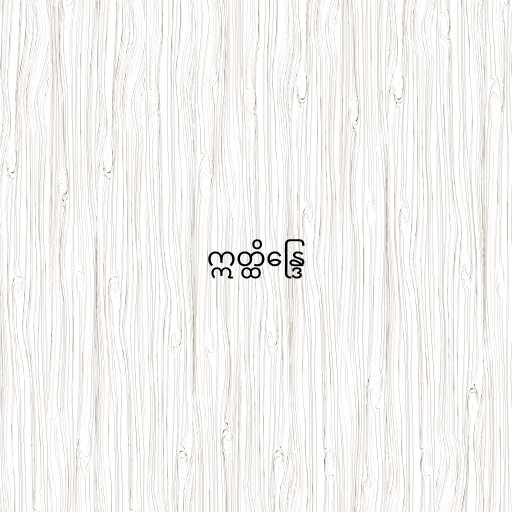
ဣတ္ထိန္ဒြေ